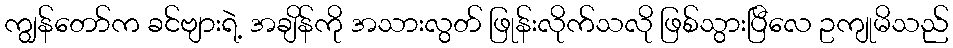
ကျွန်တော်က ခင်ဗျားရဲ့ အချိန်ကို အသားလွတ် ဖြုန်းလိုက်သလို ဖြစ်သွားပြီလေ ဥကျုမိသည်